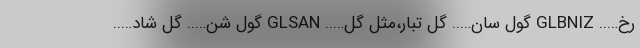
رخ….. GLBNIZ گول سان….. گل تبار،مثل گل….. GLSAN گول شن….. گل شاد…..